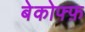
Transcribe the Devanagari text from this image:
बेकोफ्फ़